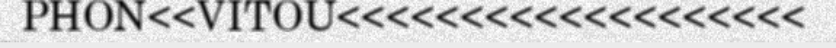
PHON<<VITOU<<<<<<<<<<<<<<<<<<<